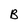
Character: B